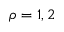
\rho = 1 , 2